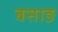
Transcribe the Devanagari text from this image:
बसाङ